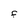
Character: F